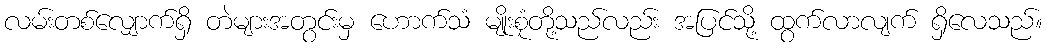
လမ်းတစ်လျှောက်ရှိ တဲများအတွင်းမှ ဟောက်သံ မျိုးစုံတို့သည်လည်း အပြင်သို့ ထွက်လာလျက် ရှိလေသည်။